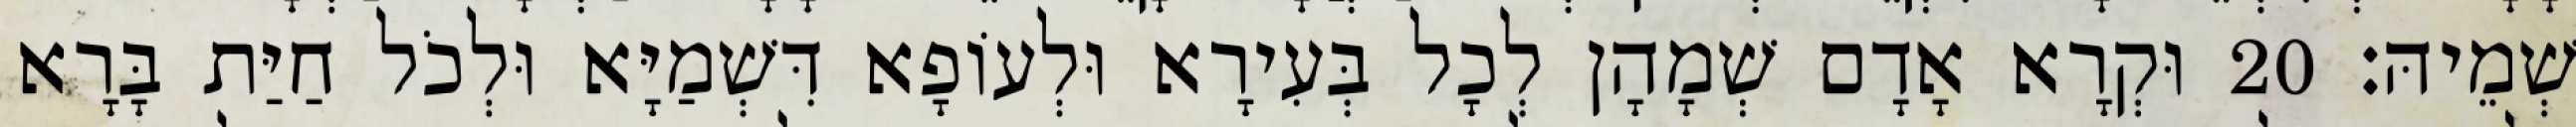
שְׁמֵיהּ׃ 20 וּקְרָא אָדָם שְׁמָהָן לְכָל בְּעִירָא וּלְעוֹפָא דִּשְׁמַיָּא וּלְכֹל חַיַּת בָּרָא